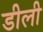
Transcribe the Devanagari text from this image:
डीली